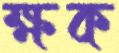
ক্ষক